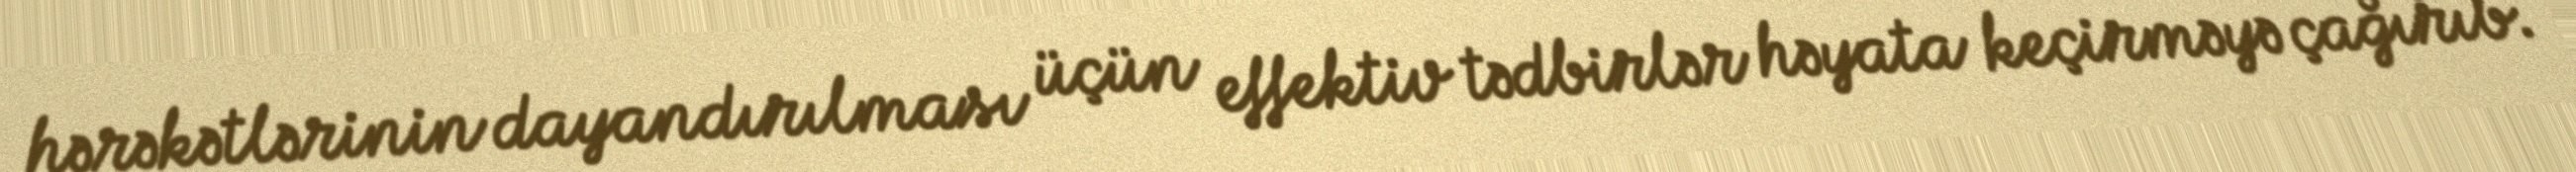
hərəkətlərinin dayandırılması üçün effektiv tədbirlər həyata keçirməyə çağırıb.